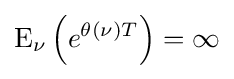
\operatorname {E} _{\nu }\left(e^{\theta (\nu )T}\right)=\infty